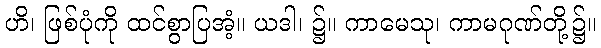
ဟိ၊ ဖြစ်ပုံကို ထင်စွာပြအံ့။ ယဒါ၊ ၌။ ကာမေသု၊ ကာမဂုဏ်တို့၌။